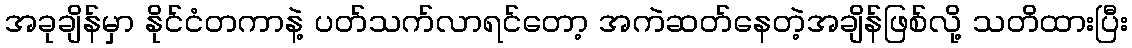
အခုချိန်မှာ နိုင်ငံတကာနဲ့ ပတ်သက်လာရင်တော့ အကဲဆတ်နေတဲ့အချိန်ဖြစ်လို့ သတိထားပြီး